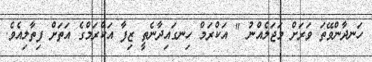
ހަނދާންވޭތަ ވަރަށް މަޖަލެއްނު " އަކްރަމް ހިނގައިދާނެތީ ޒިފާ އަކްރަމްގެ އަތަށް ފިތާލިއެވެ.